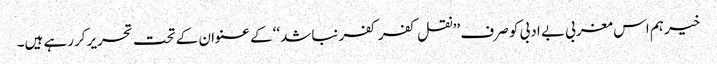
خیر ہم اس مغربی بے ادبی کو صرف ’’نقل کفر کفر نباشد‘‘ کے عنوان کے تحت تحریر کررہے ہیں۔